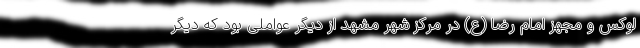
لوکس و مجهز امام رضا (ع) در مرکز شهر مشهد از دیگر عواملی بود که دیگر